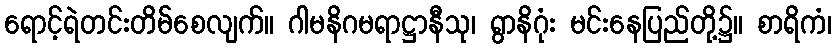
ရောင့်ရဲတင်းတိမ်စေလျက်။ ဂါမနိဂမရာဋ္ဌာနီသု၊ ရွာနိဂုံး မင်းနေပြည်တို့၌။ စာရိကံ၊